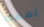
لمسة